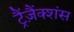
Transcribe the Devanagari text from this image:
ट्रैंज़ैंक्शंस